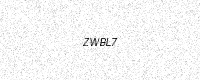
Text: ZWBL7